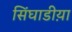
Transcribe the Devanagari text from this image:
सिंघाडीय़ा